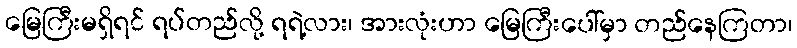
မြေကြီးမရှိရင် ရပ်တည်လို့ ရရဲ့လား၊ အားလုံးဟာ မြေကြီးပေါ်မှာ တည်နေကြတာ၊